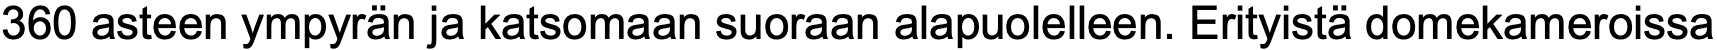
360 asteen ympyrän ja katsomaan suoraan alapuolelleen. Erityistä domekameroissa